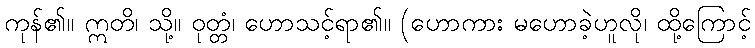
ကုန်၏။ ဣတိ၊ သို့။ ဝုတ္တံ၊ ဟောသင့်ရာ၏။ (ဟောကား မဟောခဲ့ဟူလို၊ ထို့ကြောင့်